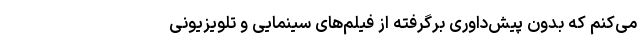
می‌کنم که بدون پیش‌داوریِ برگرفته از فیلم‌های سینمایی و تلویزیونی